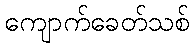
ကျောက်ခေတ်သစ်